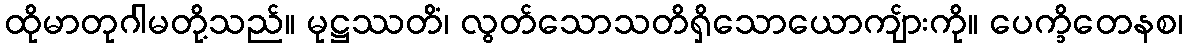
ထိုမာတုဂါမတို့သည်။ မုဋ္ဌဿတိံ၊ လွတ်သောသတိရှိသောယောကျ်ားကို။ ပေက္ခိတေနစ၊